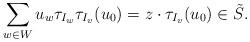
LaTeX: \begin{align*}\sum_{w\in W}u_w\tau_{I_w}\tau_{I_v}(u_0)=z\cdot \tau_{I_v}(u_0)\in \tilde S.\end{align*}